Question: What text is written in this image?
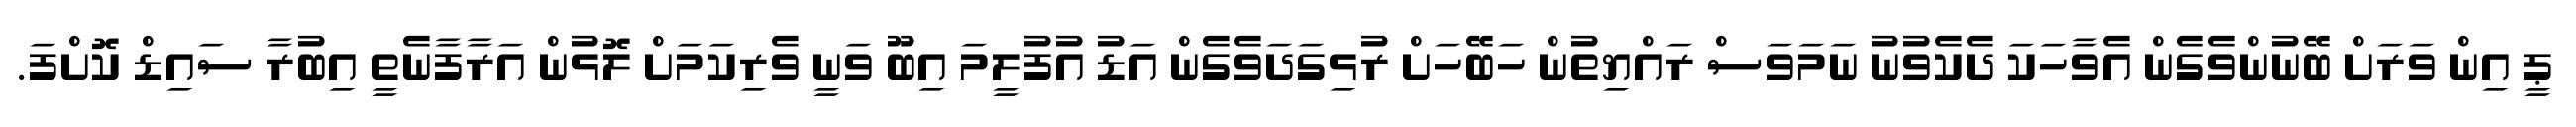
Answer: ޕީ އިން ވަރަށް ބޭނުންވެގެން އެވާހަކަ ދެކެވުނު ނަމަވަސް ރައްޔިތުން ހަބޭހަށް ރުޅިގަދަވެގެން އަޑު އުފުލީމަ އިބޫ ވަނީ ވެރިކަމަށް ލޮޅުން އަރާފާނެތީ އިބުރާ ސައިޑް ކޮށްފަ.